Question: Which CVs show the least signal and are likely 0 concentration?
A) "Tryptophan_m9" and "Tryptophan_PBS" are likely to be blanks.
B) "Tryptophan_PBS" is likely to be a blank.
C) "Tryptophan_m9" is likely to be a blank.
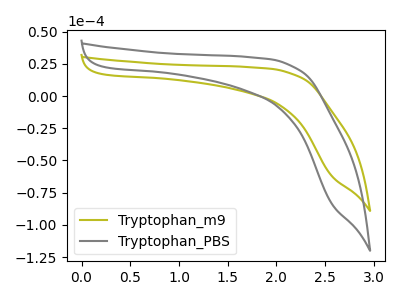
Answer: <think>The olive curve "Tryptophan_m9" has no peaks. The gray curve "Tryptophan_PBS" has no peaks.</think>
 <answer>A) "Tryptophan_m9" and "Tryptophan_PBS" are likely to be blanks.</answer>
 <eval>A</eval>